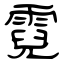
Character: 霓